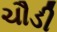
ચૌડી